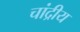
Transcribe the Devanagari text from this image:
चांद्रीय